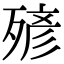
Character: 𣨹